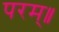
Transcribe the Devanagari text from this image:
परम्॥